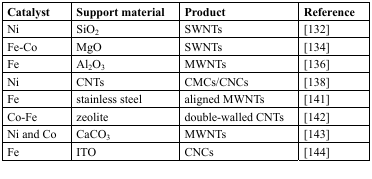
| Catalyst | Support material | Product | Reference |
 | --- | --- | --- | --- |
 | Ni | SiO2 | SWNTs | [132] |
 | Fe-Co | MgO | SWNTs | [134] |
 | Fe | Al2O3 | MWNTs | [136] |
 | Ni | CNTs | CMCs/CNCs | [138] |
 | Fe | stainless steel | aligned MWNTs | [141] |
 | Co-Fe | zeolite | double-walled CNTs | [142] |
 | Ni and Co | CaCO3 | MWNTs | [143] |
 | Fe | ITO | CNCs | [144] |